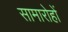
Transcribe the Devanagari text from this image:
सामारोहों